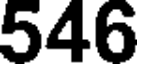
546